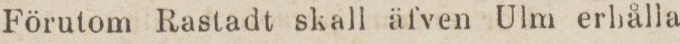
Förutom Rastadt skall äfven Ulm erhålla